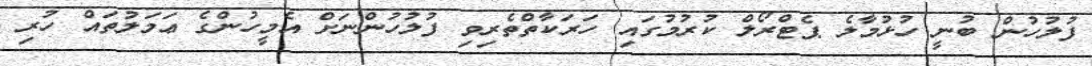
ފުލުހުން ބުނީ ހުޅުމާލެ ޕެޓްރޯލް ކުރުމުގައި ހަރަކާތްތެރިވި ފުލުހުންނަށް އެމީހުންގެ ޢަމަލުތައް ހުރި